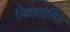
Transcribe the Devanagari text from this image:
स्क्लिरोसिस